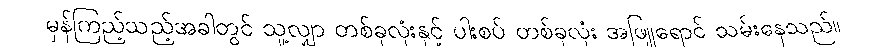
မှန်ကြည့်သည့်အခါတွင် သူ့လျှာ တစ်ခုလုံးနှင့် ပါးစပ် တစ်ခုလုံး အဖြူရောင် သမ်းနေသည်။